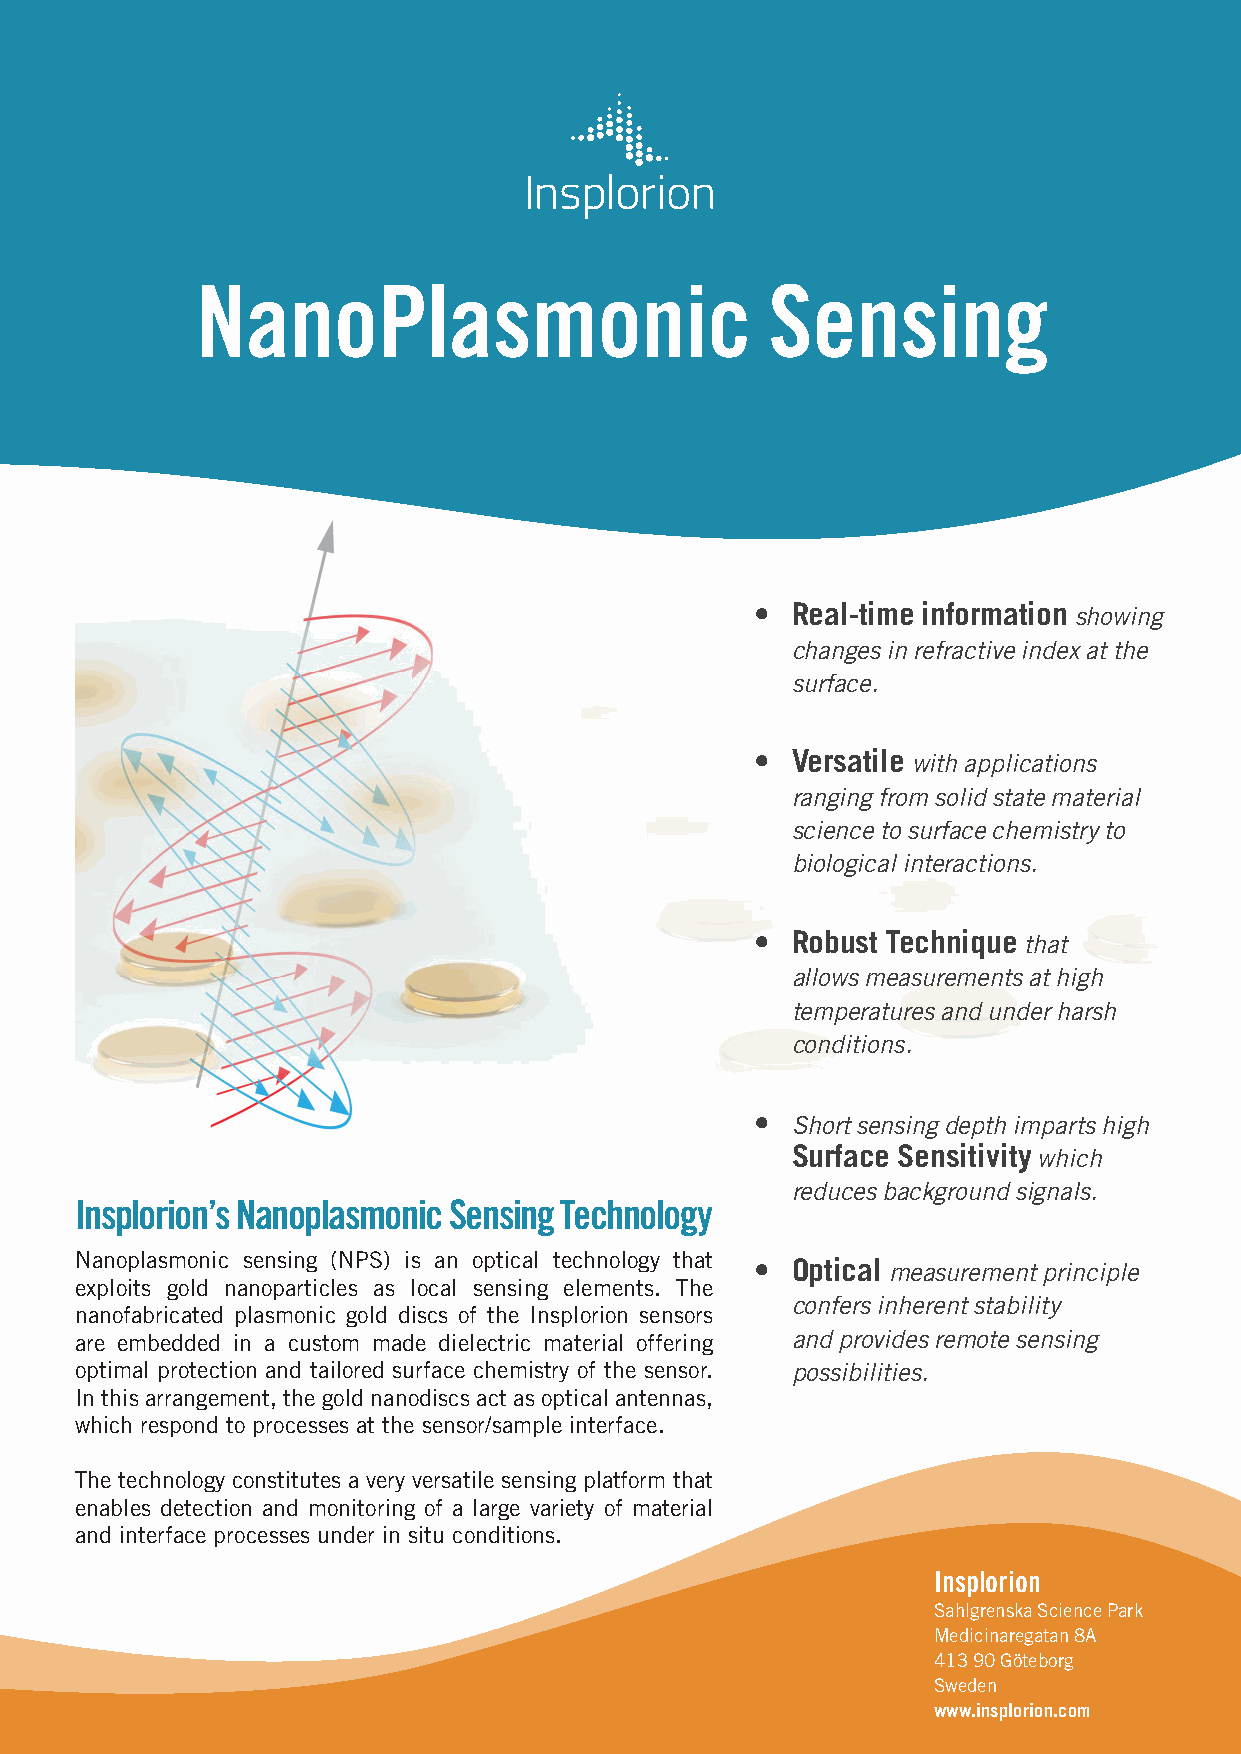
NanoPlasmonic                         Sensing
 • Real-time information showing
 changes in refractive index at the
 surface.
 • Versatile with applications
 ranging from solid state material
 science to surface chemistry to
 biological interactions.
 • Robust Technique that
 allows measurements at high
 temperatures and under harsh
 conditions.
 • Short sensing depth imparts high
 Surface Sensitivity which
 reduces background signals.
 Insplorion’s Nanoplasmonic Sensing Technology
 Nanoplasmonic sensing (NPS) is an optical technology that
 • Optical measurement principle
 exploits gold nanoparticles as local sensing elements. The
 confers inherent stability
 nanofabricated plasmonic gold discs of the Insplorion sensors
 are embedded in a custom made dielectric material offering and provides remote sensing
 optimal protection and tailored surface chemistry of the sensor. possibilities.
 In this arrangement, the gold nanodiscs act as optical antennas,
 which respond to processes at the sensor/sample interface.
 The technology constitutes a very versatile sensing platform that
 enables detection and monitoring of a large variety of material
 and interface processes under in situ conditions.
 Insplorion
 Sahlgrenska Science Park
 Medicinaregatan 8A
 413 90 Göteborg
 Sweden
 www.insplorion.com